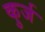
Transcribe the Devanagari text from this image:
कुर्ज